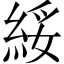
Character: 綏